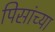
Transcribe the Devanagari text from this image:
पिसांच्या